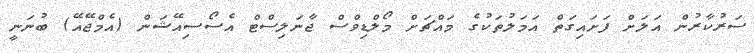
ސަރުކާރުން އަލަށް ފަށައިގަތް އަމަލުތަކުގެ މައްޗަށް މޯލްޑިވްސް ޖާނަލިސްޓް އެސޯސިއޭޝަން (އެމްޖޭއޭ) ބުނަނީ